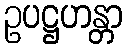
ဥပဋ္ဌဟန္တာ